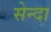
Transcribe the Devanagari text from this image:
सेन्दा